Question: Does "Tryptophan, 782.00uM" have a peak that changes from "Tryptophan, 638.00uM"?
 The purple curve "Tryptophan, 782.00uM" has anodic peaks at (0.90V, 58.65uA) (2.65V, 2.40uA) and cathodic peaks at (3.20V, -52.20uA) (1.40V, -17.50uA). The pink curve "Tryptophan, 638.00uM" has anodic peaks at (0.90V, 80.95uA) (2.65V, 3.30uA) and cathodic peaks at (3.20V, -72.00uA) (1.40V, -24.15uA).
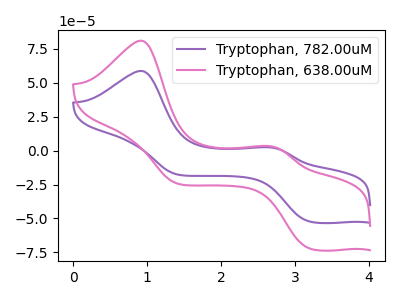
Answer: <think>All the peaks in "Tryptophan, 782.00uM" have a peak in "Tryptophan, 638.00uM" at the same potential. Every peak in "Tryptophan, 782.00uM" is lower than every peak in "Tryptophan, 638.00uM".
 </think>
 <answer>No, "Tryptophan, 782.00uM" and "Tryptophan, 638.00uM" don't appear to be significantly different in shape</answer>
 <eval>no_change</eval>